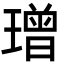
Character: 璔